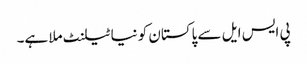
پی ایس ایل سے پاکستان کو نیا ٹیلنٹ ملا ہے۔